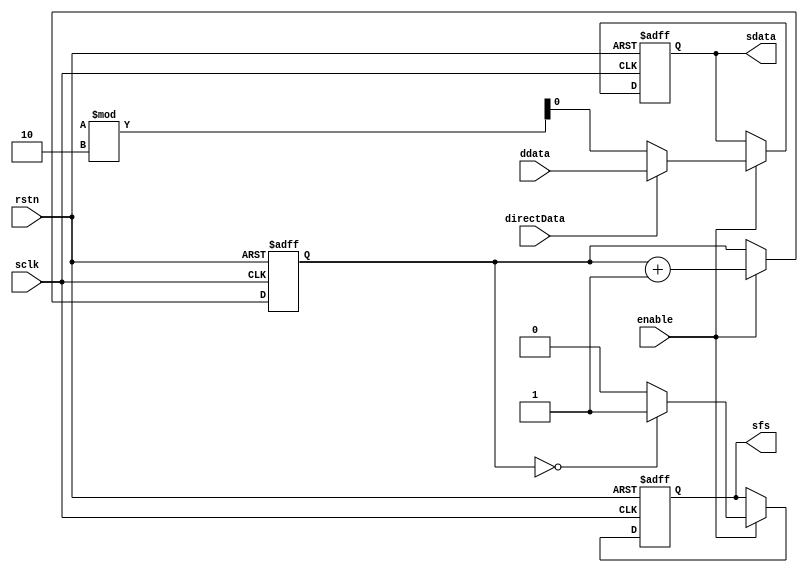
/* serial data generator
Copyright: Hectic Tech, 2012, all rights reserved
Author: Jeff Heckey (jheckey@gmail.com)

Module: sergen

Purpose: 
    Randomly generates serial data, creates sfs every 256 bits

Function:
    Creates a random bit at every clock cycle when enabled. Generates an
    sfs (serial frame start) at every 256 bits.

    THIS MODULE IS NOT SYNTHESIZABLE. It is just for verification.
*/

module sergen (
    input  wire     sclk,
    input  wire     rstn,

    input  wire     enable,
    input  wire     directData,
    input  wire     ddata,

    output reg      sdata,      // serial data
    output reg      sfs         // serial frame sync
);

reg [7:0] count;
integer rand;

always @(posedge sclk or negedge rstn)
begin
    if (!rstn) begin
        count   <= 8'd0;
        sdata   <= 1'b0;
        sfs     <= 1'b0;
    end
    else begin
        if (enable) begin
            count   <= count + 8'd1;
            sdata   <= directData ? ddata : {$random} % 2;
            sfs     <= (count == 0) ? 1'b1 : 1'b0;
        end
    end
end

endmodule